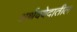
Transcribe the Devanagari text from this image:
अर्थववेदातील